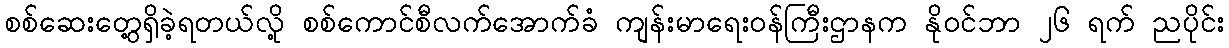
စစ်ဆေးတွေ့ရှိခဲ့ရတယ်လို့ စစ်ကောင်စီလက်အောက်ခံ ကျန်းမာရေးဝန်ကြီးဌာနက နိုဝင်ဘာ ၂၆ ရက် ညပိုင်း